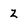
Character: Z